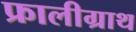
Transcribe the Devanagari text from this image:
फ्रालीग्राथ